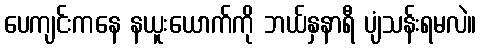
ပေကျင်းကနေ နယူးယောက်ကို ဘယ်နှနာရီ ပျံသန်းရမလဲ။